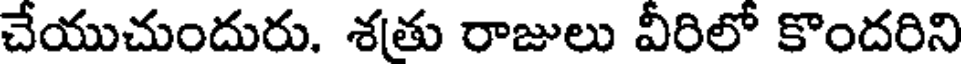
చేయుచుందురు. శతు రాజులు వీరిలో కొందరిని